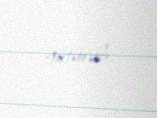
götürüb.